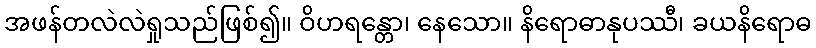
အဖန်တလဲလဲရှုသည်ဖြစ်၍။ ဝိဟရန္တော၊ နေသော။ နိရောဓာနုပဿီ၊ ခယနိရောဓ